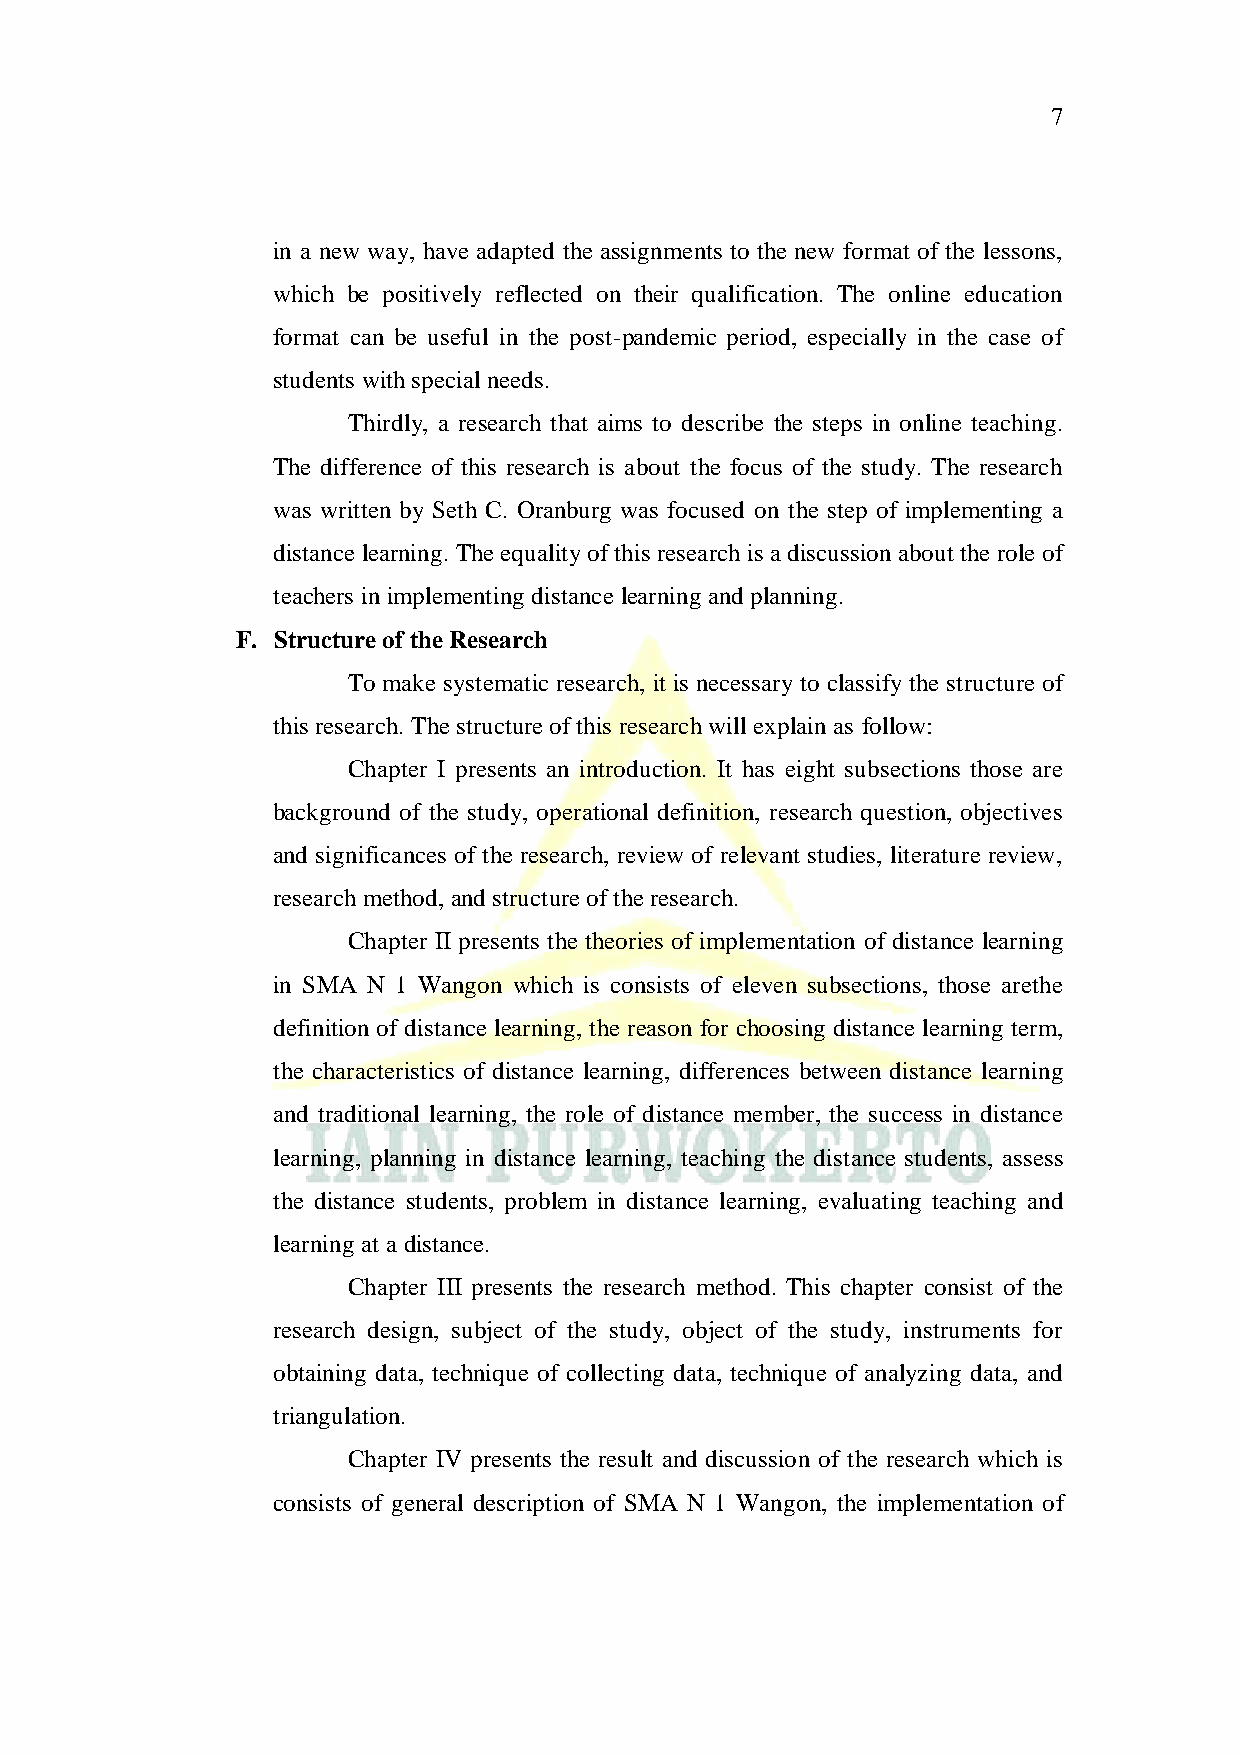
7
 in a new way, have adapted the assignments to the new format of the lessons,
 which be positively reflected on their qualification. The online education
 format can be useful in the post-pandemic period, especially in the case of
 students with special needs.
 Thirdly, a research that aims to describe the steps in online teaching.
 The difference of this research is about the focus of the study. The research
 was written by Seth C. Oranburg was focused on the step of implementing a
 distance learning. The equality of this research is a discussion about the role of
 teachers in implementing distance learning and planning.
 F. Structure of the Research
 To make systematic research, it is necessary to classify the structure of
 this research. The structure of this research will explain as follow:
 Chapter I presents an introduction. It has eight subsections those are
 background of the study, operational definition, research question, objectives
 and significances of the research, review of relevant studies, literature review,
 research method, and structure of the research.
 Chapter II presents the theories of implementation of distance learning
 in SMA N 1 Wangon which is consists of eleven subsections, those arethe
 definition of distance learning, the reason for choosing distance learning term,
 the characteristics of distance learning, differences between distance learning
 and traditional learning, the role of distance member, the success in distance
 learning, planning in distance learning, teaching the distance students, assess
 the distance students, problem in distance learning, evaluating teaching and
 learning at a distance.
 Chapter III presents the research method. This chapter consist of the
 research design, subject of the study, object of the study, instruments for
 obtaining data, technique of collecting data, technique of analyzing data, and
 triangulation.
 Chapter IV presents the result and discussion of the research which is
 consists of general description of SMA N 1 Wangon, the implementation of